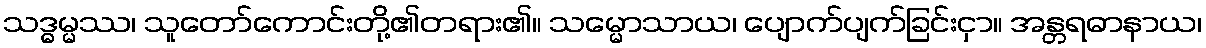
သဒ္ဓမ္မဿ၊ သူတော်ကောင်းတို့၏တရား၏။ သမ္မောသာယ၊ ပျောက်ပျက်ခြင်းငှာ။ အန္တရဓာနာယ၊